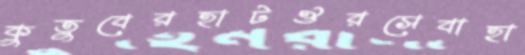
কুতুবেরহাটঔরসেবাহা